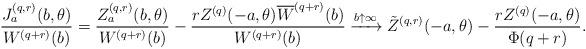
LaTeX: \begin{align*}\frac {J_a^{(q,r)} (b,\theta )} {W^{(q+r)}(b)} = \frac {Z^{(q,r)}_a(b,\theta )} {W^{(q+r)}(b)} - \frac {r Z^{(q)} (-a, \theta) \overline{W}^{(q+r)}(b)} {W^{(q+r)}(b)} \xrightarrow{b \uparrow \infty} \tilde{Z}^{(q,r)}(-a,\theta ) - \frac {r Z^{(q)}(-a, \theta)} {\Phi(q+r)}. \end{align*}